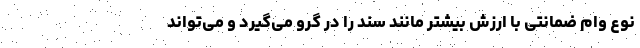
نوع وام ضمانتی با ارزش بیشتر مانند سند را در گرو می‌گیرد و می‌تواند